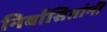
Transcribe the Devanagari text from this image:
निर्वासितांनी